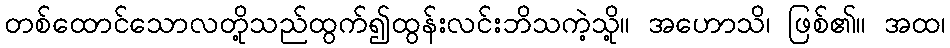
တစ်ထောင်သောလတို့သည်ထွက်၍ထွန်းလင်းဘိသကဲ့သို့။ အဟောသိ၊ ဖြစ်၏။ အထ၊